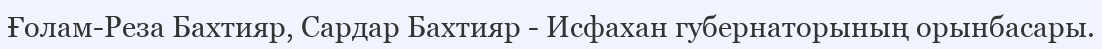
Ғолам-Реза Бахтияр, Сардар Бахтияр - Исфахан губернаторының орынбасары.